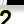
Digit: 2